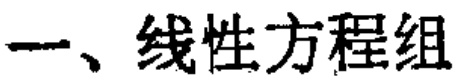
一、线性方程组